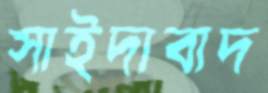
সাইদাবাদ